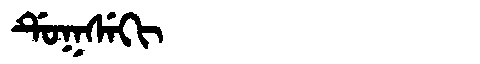
Manchu: ᡩᡠᡴᠰᡝᡴᡳ
Romanization: DUKSEKI